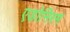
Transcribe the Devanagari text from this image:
एडोनिरम